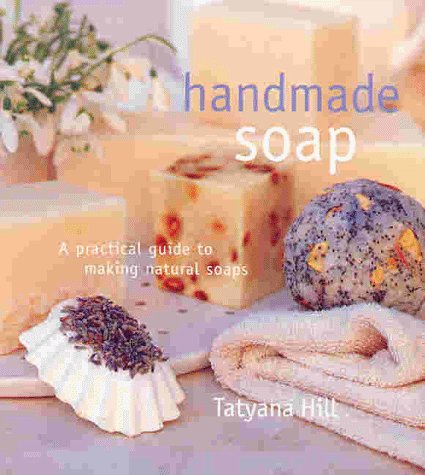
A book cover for Handmade Soap: A Practical Guide to Making Natural Soaps; Tatyana Hill; Health, Fitness & Dieting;